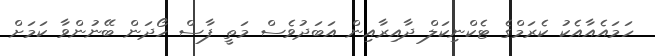
ހަމައެއާއެކު ކެރަމްގެ ޓެކްނިކަލް ދާއިރާއިން އަބަދުވެސް މަތީ ފާސް ހޯދަން ބޭނުންވާ ކަމަށް